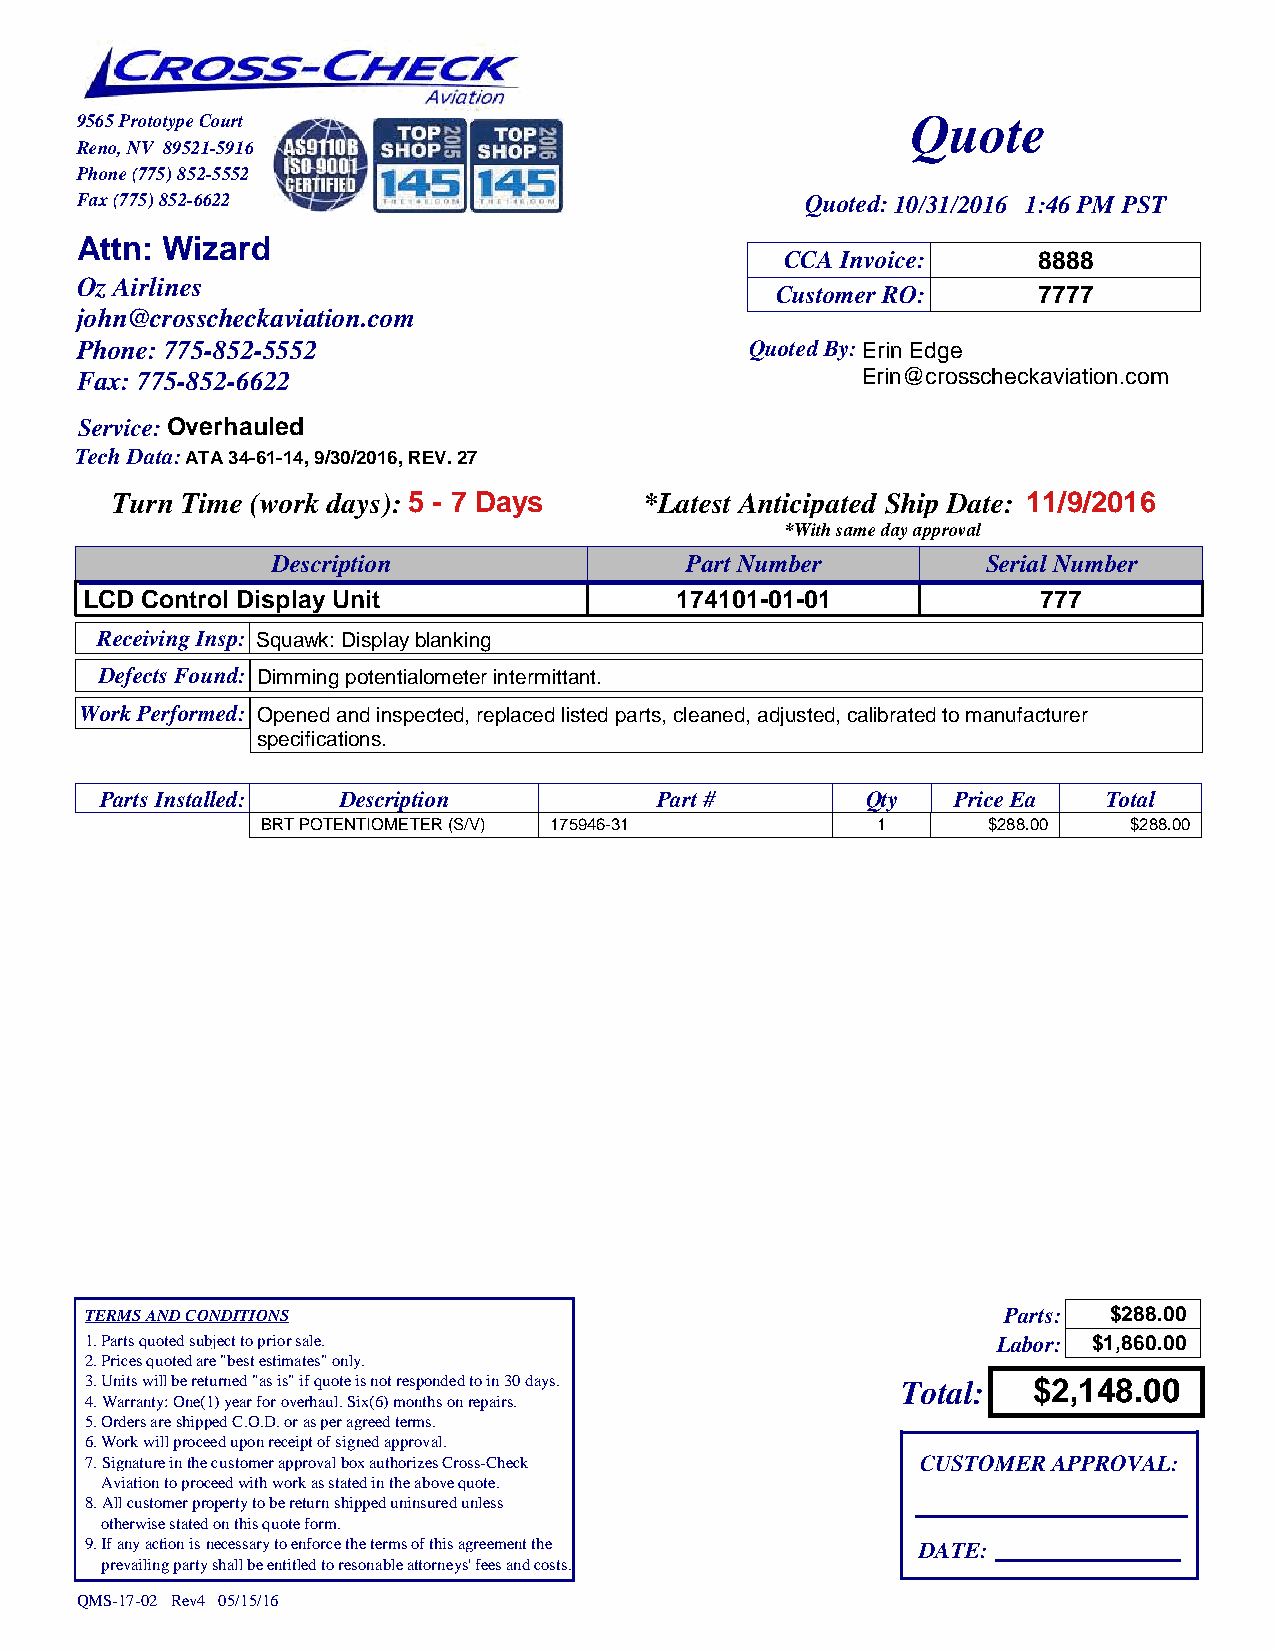
9565 Prototype Court                                   Quote
 Reno, NV 89521-5916
 Phone (775) 852-5552
 Fax (775) 852-6622                              Quoted:10/31/2016 1:46 PM PST
 Attn: Wizard
 CCA Invoice:     8888
 Oz Airlines
 Customer RO:      7777
 john@crosscheckaviation.com
 Phone: 775-852-5552                          Quoted By:Erin Edge
 Fax: 775-852-6622                                   Erin@crosscheckaviation.com
 Service:Overhauled
 Tech Data:ATA 34-61-14, 9/30/2016, REV. 27
 Turn Time (work days): 5 - 7 Days   *Latest Anticipated Ship Date: 11/9/2016
 *With same day approval
 Description                Part Number         Serial Number
 LCD Control Display Unit                174101-01-01            777
 Receiving Insp: Squawk: Display blanking
 Defects Found: Dimming potentialometer intermittant.
 Work Performed: Opened and inspected, replaced listed parts, cleaned, adjusted, calibrated to manufacturer
 specifications.
 Parts Installed: Description        Part #        Qty   Price Ea  Total
 BRT POTENTIOMETER (S/V) 175946-31        1      $288.00   $288.00
 TERMS AND CONDITIONS                                        Parts: $288.00
 1. Parts quoted subject to prior sale.                      Labor: $1,860.00
 2. Prices quoted are "best estimates" only.
 3. Units will be returned "as is" if quote is not responded to in 30 days. Total: $2,148.00
 4. Warranty: One(1) year for overhaul. Six(6) months on repairs.
 5. Orders are shipped C.O.D. or as per agreed terms.
 6. Work will proceed upon receipt of signed approval.
 7. Signature in the customer approval box authorizes Cross-Check CUSTOMER APPROVAL:
 Aviation to proceed with work as stated in the above quote.
 8. All customer property to be return shipped uninsured unless
 otherwise stated on this quote form.
 9. If any action is necessary to enforce the terms of this agreement the DATE:
 prevailing party shall be entitled to resonable attorneys' fees and costs.
 QMS-17-02 Rev4 05/15/16